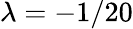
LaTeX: \lambda=-1/20